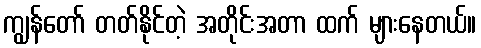
ကျွန်တော် တတ်နိုင်တဲ့ အတိုင်းအတာ ထက် များနေတယ်။